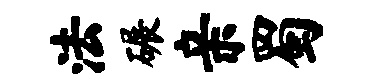
法碾亲蜀